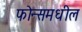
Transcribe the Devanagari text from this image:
फोन्समधील